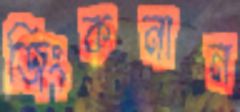
জিংকনান